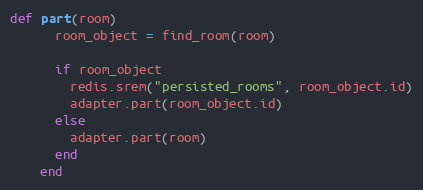
Language: Ruby
def part(room)
      room_object = find_room(room)

      if room_object
        redis.srem("persisted_rooms", room_object.id)
        adapter.part(room_object.id)
      else
        adapter.part(room)
      end
    end